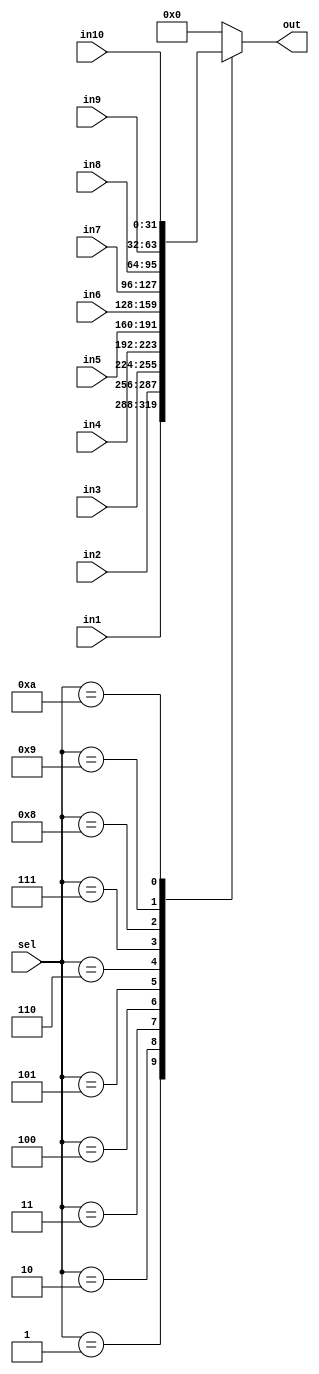
module mpy_32_mux(in1, in2, in3, in4, in5, in6, in7, in8, in9,in10, sel, out);
    input [31:0] in1;
    input [31:0] in2;
    input [31:0] in3;
    input [31:0] in4;
    input [31:0] in5;
    input [31:0] in6;
    input [31:0] in7;
    input [31:0] in8;
    input [31:0] in9;
	 input [31:0] in10;
    input [3:0] sel;
    output reg [31:0] out;

	always@(*) begin
	
		case(sel)
			4'd1: out = in1;
			4'd2: out = in2;
			4'd3: out = in3;
			4'd4: out = in4;
			4'd5: out = in5;
			4'd6: out = in6;
			4'd7: out = in7;
			4'd8: out = in8;
			4'd9: out = in9;
			4'd10: out = in10;
			default: out = 32'd0;
		endcase
	end

endmodule